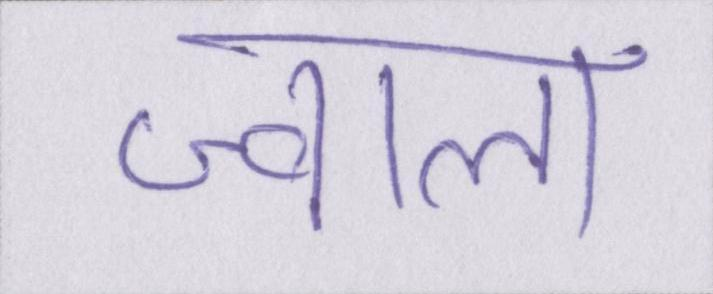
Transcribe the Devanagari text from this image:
ज्वाला